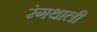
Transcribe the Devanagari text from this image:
रंगथाली